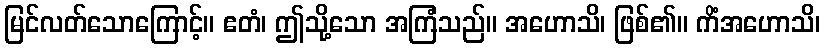
မြင်လတ်သောကြောင့်။ ဧတံ၊ ဤသို့သော အကြံသည်။ အဟောသိ၊ ဖြစ်၏။ ကိံအဟောသိ၊